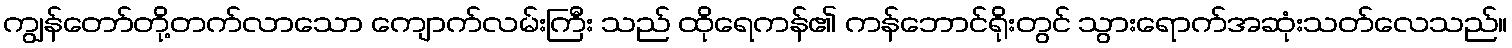
ကျွန်တော်တို့တက်လာသော ကျောက်လမ်းကြီး သည် ထိုရေကန်၏ ကန်ဘောင်ရိုးတွင် သွားရောက်အဆုံးသတ်လေသည်။